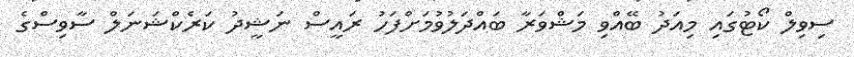
ސިވިލް ކޯޓުގައި މިއަދު ބޭއްވި މަޝްވަރާ ބައްދަލުވުމަށްފަހު ރައީސް ނަޝީދު ކަރެކްޝަނަލް ސާވިސްގެ